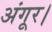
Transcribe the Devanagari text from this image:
अंगूर।